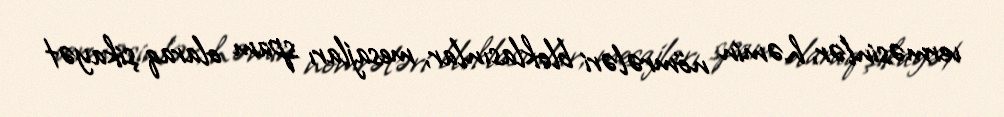
verməsinlər, həmin nömrələri bloklasınlar, mesajları spam olaraq şikayət